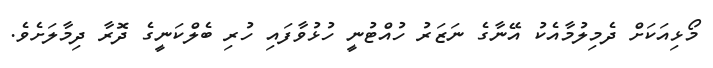
މޯޅިއަކަށް ދެމިލުމާއެކު އޭނާގެ ނަޒަރު ހުއްޓުނީ ހުޅުވާފައި ހުރި ބެލްކަނީގެ ދޮރާ ދިމާލަށެވެ.